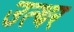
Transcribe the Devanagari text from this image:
उत्थर